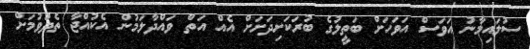
ސުލައިމާނު އަވަސް އަވަހަށް ބަތީލުގެ ބުރަކަށިދަށަށް އެއް އަތް ވައްދާލަމުން އެކުއްޖާ ތެދުވުމަށް